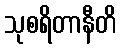
သုစရိတာနီတိ